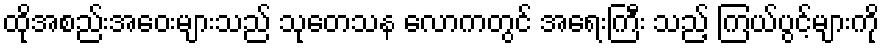
ထိုအစည်းအဝေးများသည် သုတေသန လောကတွင် အရေးကြီး သည့် ကြယ်ပွင့်များကို